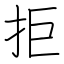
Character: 拒